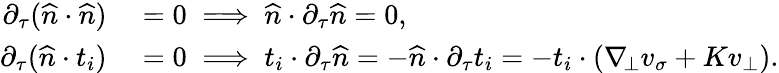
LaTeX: \begin{array}{rl}{\partial_{\tau}(\widehat{n}\cdot\widehat{n})}&{{}=0\implies\widehat{n}\cdot\partial_{\tau}\widehat{n}=0,}\\ {\partial_{\tau}(\widehat{n}\cdot t_{i})}&{{}=0\implies t_{i}\cdot\partial_{\tau}\widehat{n}=-\widehat{n}\cdot\partial_{\tau}t_{i}=-t_{i}\cdot(\nabla_{\! \bot}v_{\sigma}+Kv_{\bot}).}\end{array}